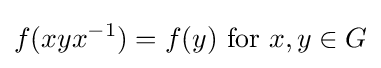
f(xyx^{-1})=f(y){\text{ for }}x,y\in G